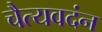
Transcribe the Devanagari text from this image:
चैत्यवदंन